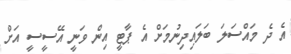
އެ ދެ މައްސަލަ ބަލައިދިނުމަށް އެ ޕާޓީ އިން ވަނީ އޭސީސީ އަށް